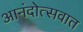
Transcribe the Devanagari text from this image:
आनंदोत्सवात